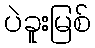
ပဲခူးမြစ်